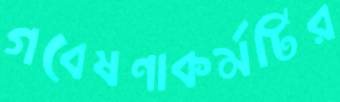
গবেষণাকর্মটির